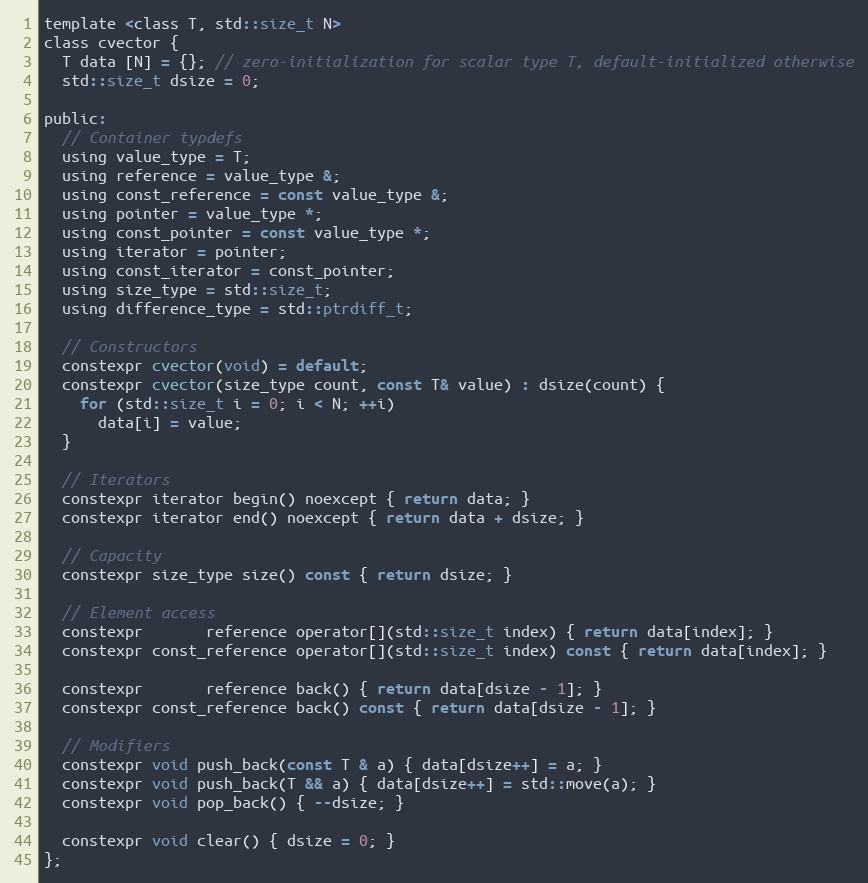
Language: C
template <class T, std::size_t N>
class cvector {
  T data [N] = {}; // zero-initialization for scalar type T, default-initialized otherwise
  std::size_t dsize = 0;

public:
  // Container typdefs
  using value_type = T;
  using reference = value_type &;
  using const_reference = const value_type &;
  using pointer = value_type *;
  using const_pointer = const value_type *;
  using iterator = pointer;
  using const_iterator = const_pointer;
  using size_type = std::size_t;
  using difference_type = std::ptrdiff_t;

  // Constructors
  constexpr cvector(void) = default;
  constexpr cvector(size_type count, const T& value) : dsize(count) {
    for (std::size_t i = 0; i < N; ++i)
      data[i] = value;
  }

  // Iterators
  constexpr iterator begin() noexcept { return data; }
  constexpr iterator end() noexcept { return data + dsize; }

  // Capacity
  constexpr size_type size() const { return dsize; }

  // Element access
  constexpr       reference operator[](std::size_t index) { return data[index]; }
  constexpr const_reference operator[](std::size_t index) const { return data[index]; }

  constexpr       reference back() { return data[dsize - 1]; }
  constexpr const_reference back() const { return data[dsize - 1]; }

  // Modifiers
  constexpr void push_back(const T & a) { data[dsize++] = a; }
  constexpr void push_back(T && a) { data[dsize++] = std::move(a); }
  constexpr void pop_back() { --dsize; }

  constexpr void clear() { dsize = 0; }
};